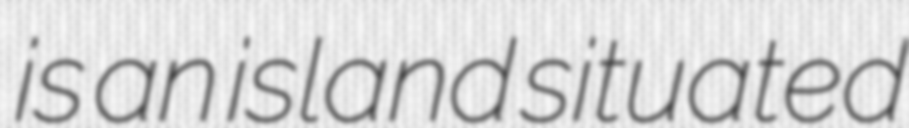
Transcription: is an island situated